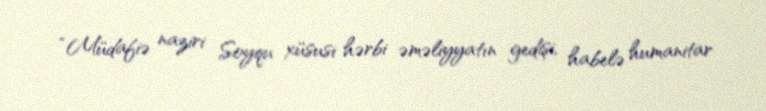
“Müdafiə naziri Soyqu xüsusi hərbi əməliyyatın gedişi, habelə humanitar